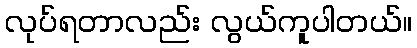
လုပ်ရတာလည်း လွယ်ကူပါတယ်။